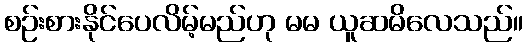
စဉ်းစားနိုင်ပေလိမ့်မည်ဟု မမ ယူဆမိလေသည်။